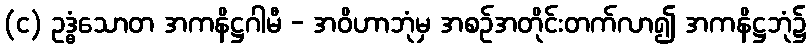
(င) ဥဒ္ဓံသောတ အကနိဋ္ဌဂါမီ - အဝိဟာဘုံမှ အစဉ်အတိုင်းတက်လာ၍ အကနိဋ္ဌဘုံ၌